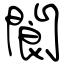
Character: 閬